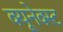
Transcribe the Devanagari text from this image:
क्यूनेक्स्ट